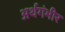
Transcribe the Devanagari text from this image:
अर्थगंभीर